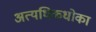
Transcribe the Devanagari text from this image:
अत्यधिकधोका